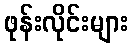
ဖုန်းလိုင်းများ